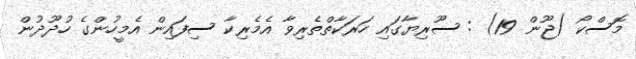
މޮސްކޯ (ޖޫން 19) : ސޫރިޔާގައި ހަރަކާތްތެރިވާ އެމެރިކާ ސިފައިން އެމީހުންގެ ހުދޫދުން